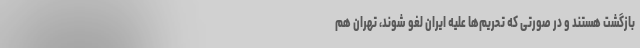
بازگشت هستند و در صورتی که تحریم‌ها علیه ایران لغو شوند، تهران هم